Scientific memoirs by medical officers of the Army of India - Part VII,
Year: 1892
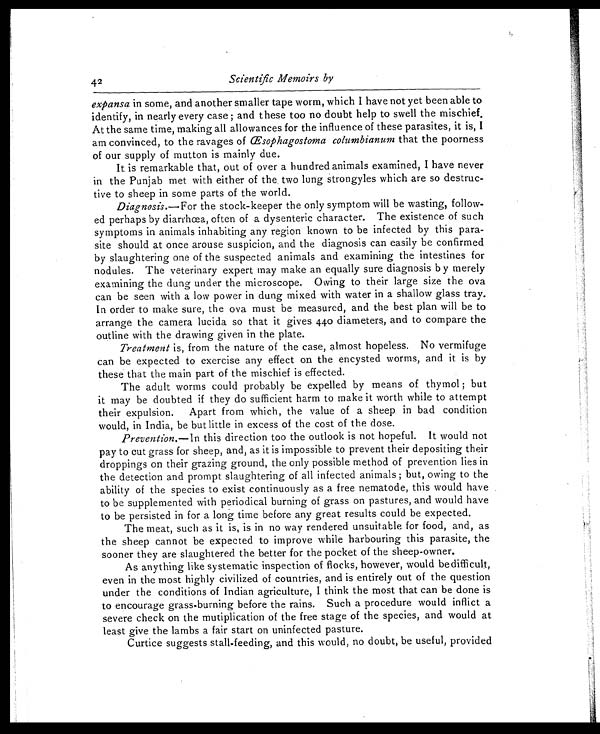
42
Scientific Memoirs by
expansa in some, and another smaller tape worm, which I have not yet been able to
identify, in nearly every case ; and these too no doubt help to swell the mischief.
At the same time, making all allowances for the influence of these parasites, it is, I
am convinced, to the ravages of Œsophagostoma columbianum that the poorness
of our supply of mutton is mainly due.
It is remarkable that, out of over a hundred animals examined, I have never
in the Punjab met with either of the, two lung strongyles which are so destruc-
tive to sheep in some parts of the world.
Diagnosis. —For the stock-keeper the only symptom will be wasting, follow-
ed perhaps by diarrhœa, often of a dysenteric character. The existence of such
symptoms in animals inhabiting any region known to be infected by this para-
site should at once arouse suspicion, and the diagnosis can easily be confirmed
by slaughtering one of the suspected animals and examining the intestines for
nodules. The veterinary expert may make an equally sure diagnosis by merely
examining the dung under the microscope. Owing to their large size the ova
can be seen with a low power in dung mixed with water in a shallow glass tray.
In order to make sure, the ova must be measured, and the best plan will be to
arrange the camera lucida so that it gives 440 diameters, and to compare the
outline with the drawing given in the plate.
Treatment is, from the nature of the case, almost hopeless. No vermifuge
can be expected to exercise any effect on the encysted worms, and it is by
these that the main part of the mischief is effected.
The adult worms could probably be expelled by means of thymol ; but
it may be doubted if they do sufficient harm to make it worth while to attempt
their expulsion. Apart from which, the value of a sheep in bad condition
would, in India, be but little in excess of the cost of the dose.
Prevention. —In this direction too the outlook is not hopeful. It would not
pay to cut grass for sheep, and, as it is impossible to prevent their depositing their
droppings on their grazing ground, the only possible method of prevention lies in
the detection and prompt slaughtering of all infected animals ; but, owing to the
ability of the species to exist continuously as a free nematode, this would have
to be supplemented with periodical burning of grass on pastures, and would have
to be persisted in for a long time before any great results could be expected.
The meat, such as it is, is in no way rendered unsuitable for food, and, as
the sheep cannot be expected to improve while harbouring this parasite, the
sooner they are slaughtered the better for the pocket of the sheep-owner.
As anything like systematic inspection of flocks, however, would be difficult,
even in the most highly civilized of countries, and is entirely out of the question
under the conditions of Indian agriculture, I think the most that can be done is
to encourage grass-burning before the rains. Such a procedure would inflict a
severe check on the mutiplication of the free stage of the species, and would at
least give the lambs a fair start on uninfected pasture.
Curtice suggests stall-feeding, and this would, no doubt, be useful, provided